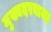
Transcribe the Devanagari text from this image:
मुख्यदरवाजा